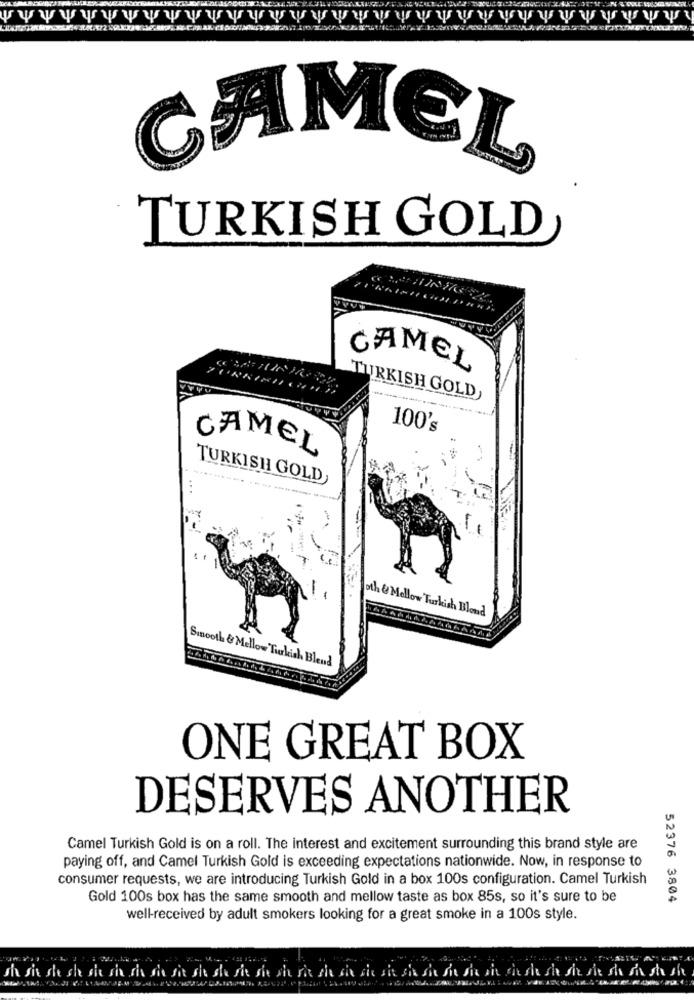
CHAMEL
TURKISH GOLD
CAMEL
TURKISH GOLD
100's
CAMEL
TURKISH GOLD
----
oth & Mellow Turlish Blond
Smooth & Mellow Turkish Blend
ONE GREAT BOX
DESERVES ANOTHER
Camel Turkish Gold is on a roll. The interest and excitement surrounding this brand style are
paying off, and Camel Turkish Gold is exceeding expectations nationwide. Now, in response to
consumer requests, we are introducing Turkish Gold in a box 100s configuration. Camel Turkish
Gold 100s box has the same smooth and mellow taste as box 85s, so it's sure to be
52376 3804
well-received by adult smokers looking for a great smoke in a 100s style.
sh sit she she she sin che sie sit she ste wie sie she vit sia sie sie sie sia sie si sia si cit she sh sh sh sh sh sh sh